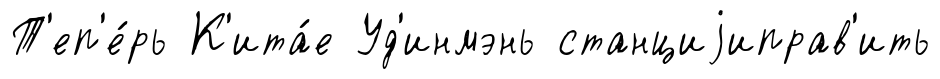
Т'еп'е́рь К'ита́е Уд'инмэнь станциjиправ'ить